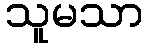
သူမသာ